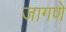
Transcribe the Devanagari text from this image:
जागणे